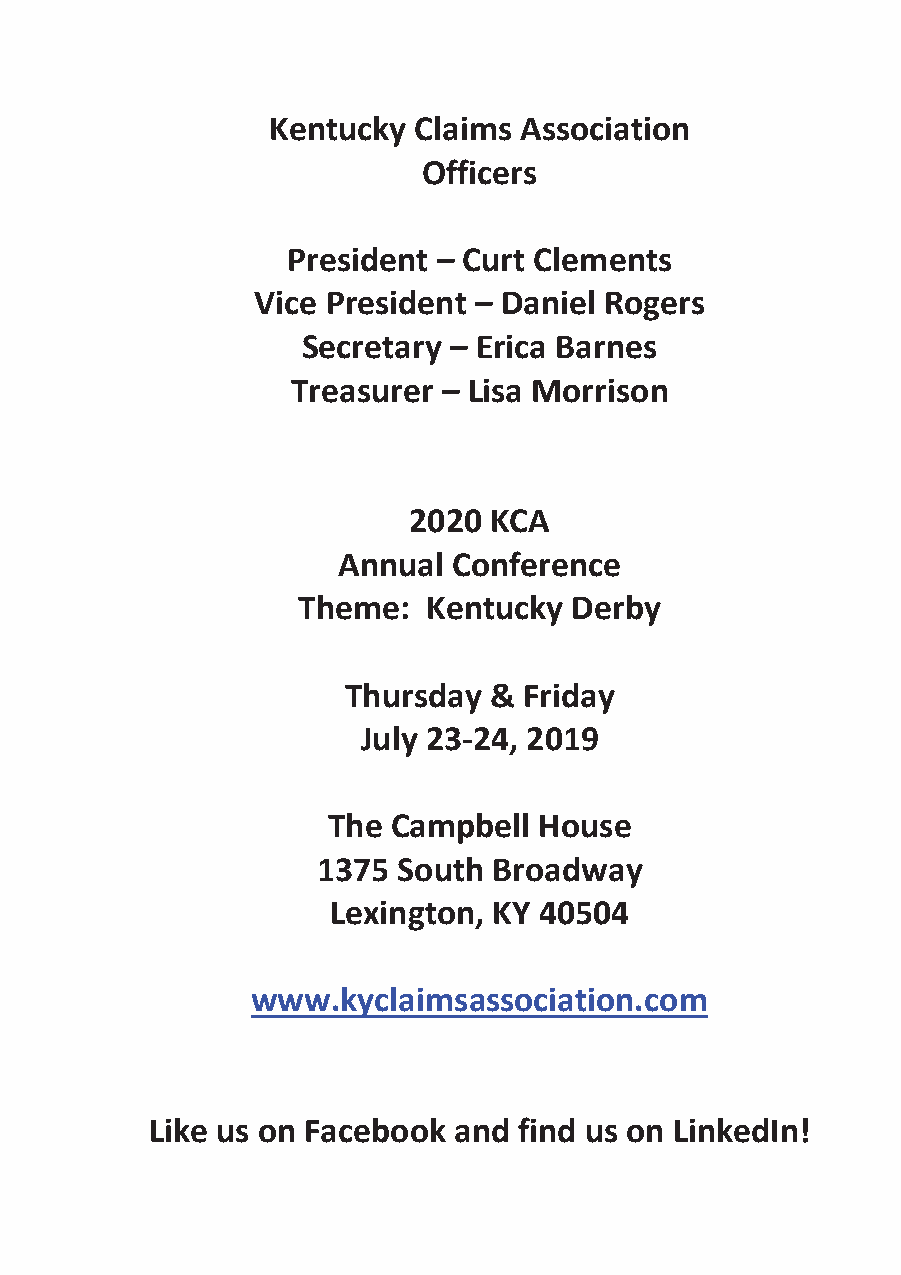
Kentucky Claims Association
 Officers
 President – Curt Clements
 Vice President – Daniel Rogers
 Secretary – Erica Barnes
 Treasurer – Lisa Morrison
 2020 KCA
 Annual  Conference
 Theme:  Kentucky  Derby
 Thursday &  Friday
 July 23-24, 2019
 The Campbell  House
 1375 South  Broadway
 Lexington, KY 40504
 www.kyclaimsassociation.com
 Like us on Facebook and find us on LinkedIn!